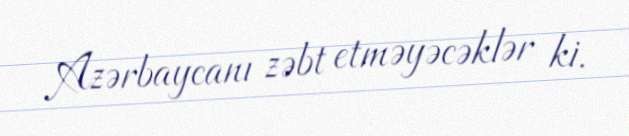
Azərbaycanı zəbt etməyəcəklər ki.